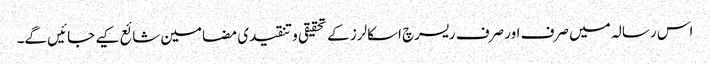
اس رسالہ میں صرف اور صرف ریسرچ اسکالرز کے تحقیقی و تنقیدی مضامین شائع کیے جائیں گے۔